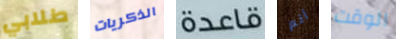
طلابي الذكريات قاعدة أنم الوقت